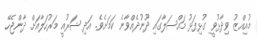
މުއިއްޒު ވިދާޅުވީ ގުޅިފަޅު މައްސަލާގައި ދޫނުދެއްވާނެ ކަމަށެވެ. އަދި ޝަރުއީ މަރުހަލާއަށް ދާންޖެހޭ